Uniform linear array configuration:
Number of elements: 8
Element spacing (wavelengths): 0.75
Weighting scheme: kaiser
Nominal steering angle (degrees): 15
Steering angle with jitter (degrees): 13.591
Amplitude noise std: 0.05
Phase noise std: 0.05

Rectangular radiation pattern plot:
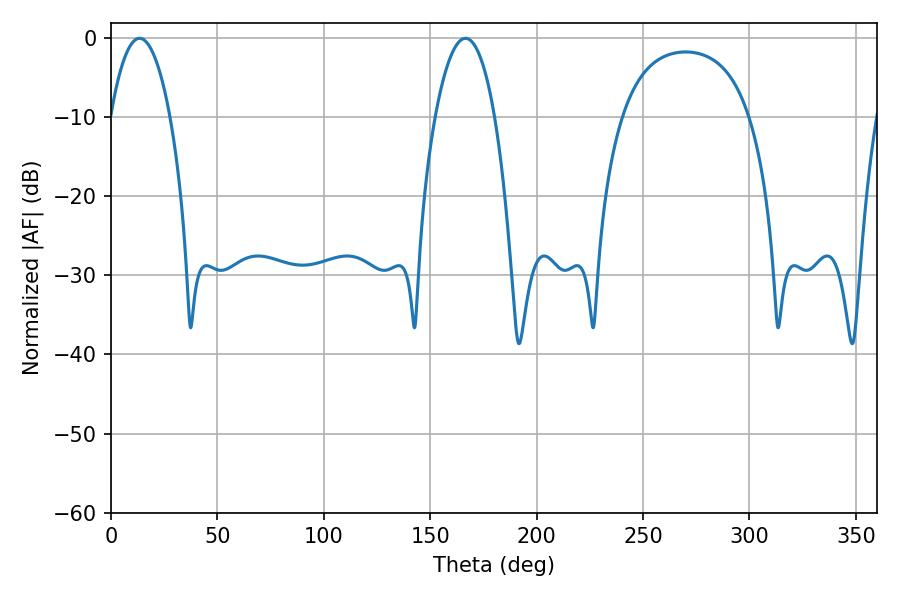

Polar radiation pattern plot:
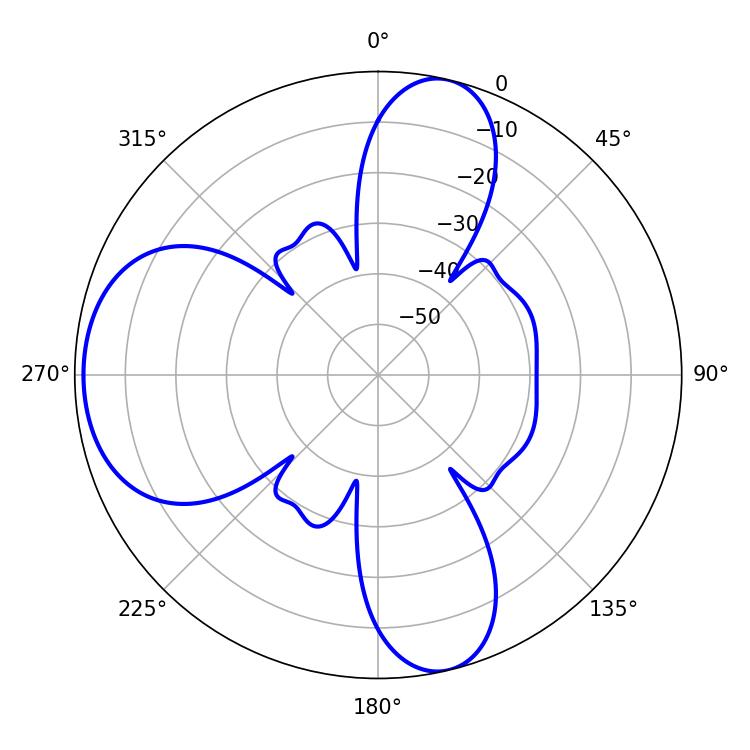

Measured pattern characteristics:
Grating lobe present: TRUE
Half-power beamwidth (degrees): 15.48
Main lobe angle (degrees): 13.5